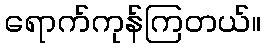
ရောက်ကုန်ကြတယ်။